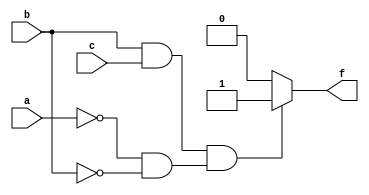
module gates( a , b , c, f);
input a, b, c;
reg d, e;
output f;
reg f;

always @(a or b or c or d or e or f)
begin
    if (a==1'b0 && b==1'b0)
        d=1'b0;
    else
        d=1'b1;


    if ((b==1'b1 && c==1'b1 ))
        e=1'b0;
    else
        e=1'b1;


    if (e==1'b0 && d==1'b0)
        f=1'b1;
    else
        f=1'b0;
end
endmodule

module gates_tb;
reg a , b ,c;
wire f;

gates obj( a , b , c, f);
initial
begin
    a=1'b0;
    b=1'b0;
    $monitor("$time = %t A=%b B=%b C=%b F=%b" , $time , a , b, c, f);
    #10 a=1'b0 ; b= 1'b0 ; c=1'b0;
    #10 a=1'b0 ; b= 1'b0 ; c=1'b1;
    #10 a=1'b0 ; b= 1'b1 ; c=1'b0;
    #10 a=1'b0 ; b= 1'b1 ; c=1'b1;
    #10 a=1'b1 ; b= 1'b0 ; c=1'b0;
    #10 a=1'b1 ; b= 1'b0 ; c=1'b1;
    #10 a=1'b1 ; b= 1'b1 ; c=1'b0; 
    #10 a=1'b1 ; b= 1'b1 ; c=1'b1;
end 
endmodule